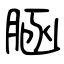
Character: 𦜆